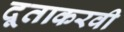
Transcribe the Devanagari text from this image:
दूताकरवी